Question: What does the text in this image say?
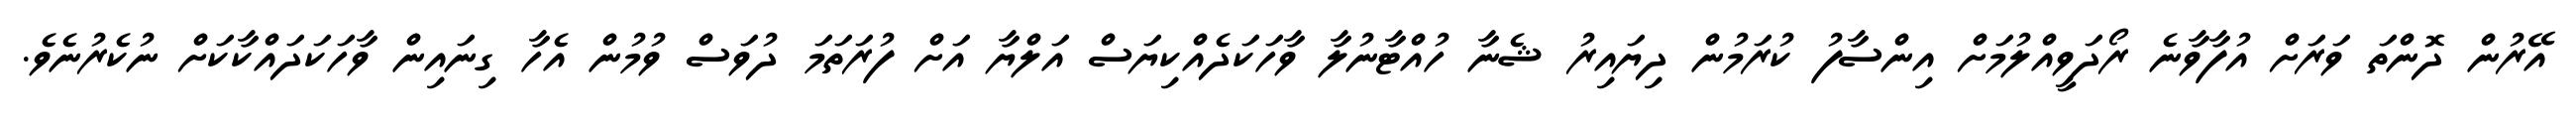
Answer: އޭރުން ދޮންތަ ވަރަށް އުފާވާނެ ރޯދަވީއްލުމަށް އިންސާފު ކުރަމުން ދިޔައިރު ޝެނާ ހުއްޓާނުލާ ވާހަކަދެއްކިޔަސް އަލްޔާ އަށް ފުރަތަމަ ދުވަސް ވުމުން އެހާ ގިނައިން ވާހަކަދައްކާކަށް ނުކެރުނެވެ.